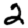
Digit: 2